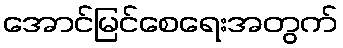
အောင်မြင်စေရေးအတွက်